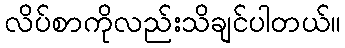
လိပ်စာကိုလည်းသိချင်ပါတယ်။